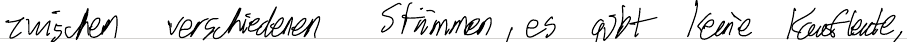
zwischen verschiedenen Stämmen, es gibt keine Kaufleute,